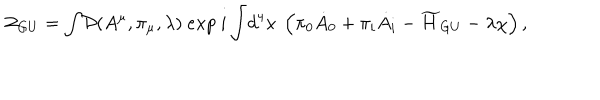
{ \cal Z } _ { G U } = { \displaystyle \int } { \cal D } ( A ^ { \mu } , \pi _ { \mu } , \lambda ) ~ e x p ~ { i \displaystyle \int } d ^ { 4 } x ~ \left( \pi _ { 0 } { \dot { A } _ { 0 } } + \pi _ { i } { \dot { A } _ { i } } - { \widetilde H _ { G U } } - \lambda \chi \right) ,